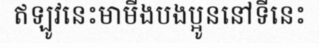
ឥឡូវនេះមាមីងបងប្អូននៅទីនេះ